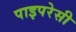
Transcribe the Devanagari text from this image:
पाइपरेसी